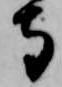
寺